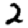
Digit: 2